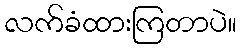
လက်ခံထားကြတာပဲ။